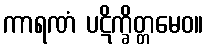
ကာရဏံ ပဋိက္ခိတ္တမေဝ။